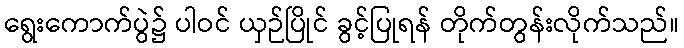
ရွေးကောက်ပွဲ၌ ပါဝင် ယှဉ်ပြိုင် ခွင့်ပြုရန် တိုက်တွန်းလိုက်သည်။